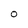
Character: 0